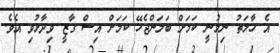
އެ ހާލަތު ނިމުނީ ކަމަށް ބަލަންޖެހޭ ކަމަށް އިސް ގާޒީ ވިދާޅުވި އެވެ.